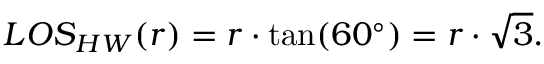
L O S _ { H W } ( r ) = r \cdot \tan ( 6 0 ^ { \circ } ) = r \cdot \sqrt { 3 } .